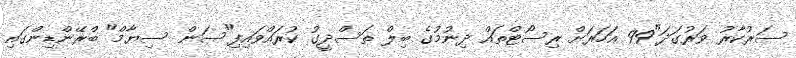
ސަރުކާރު ވަރުގަދަ"99 އަހަރަށް ރިސޯޓްތައް ދިނުމުގެ ބިލް ތަސްދީގު ކުރައްވައިފި"ސަން ސިޔާމް" ބްރޭންޑިންގައި